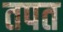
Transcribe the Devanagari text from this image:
तपत